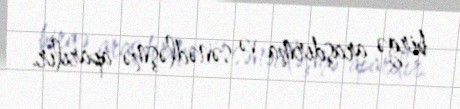
birgə araşdırma və sənədləşmə aparılır.